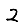
Digit: 2